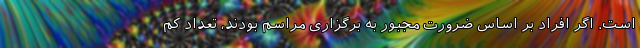
است. اگر افراد بر اساس ضرورت مجبور به برگزاری مراسم بودند، تعداد کم